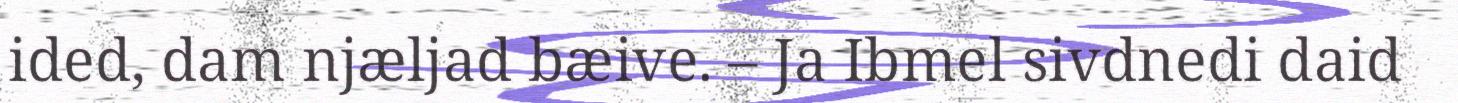
ided, dam njæljad bæive. – Ja Ibmel sivdnedi daid